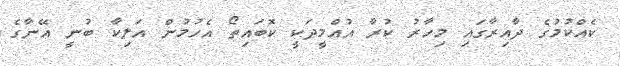
ކެއްކުމުގެ ދާއިރާގައި މިހާރު ކުރާ އުއްމީދަކީ ކޮބައިތޯ އެހުމުން އަލިކާ ބުނީ އޭނާގެ